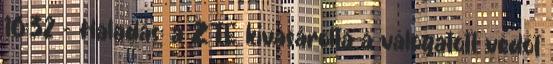
16:32 - Haladás: a ZTE kivásárolta a válogatott védőt